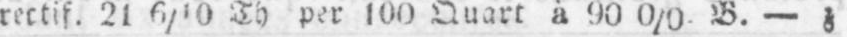
rectif. 21 6/10 Th per l00 Quart à 900/0 B. - z